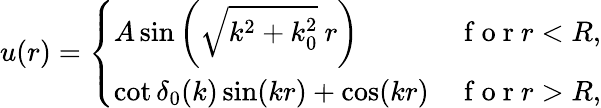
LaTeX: u(r)=\left\{ \begin{array}{ll}{A\sin\left(\sqrt{k^{2}+k_{0}^{2}}\ r\right)}&{\mathrm{~f~o~r~}r<R,}\\ {\cot\delta_{0}(k)\sin(kr)+\cos(kr)}&{\mathrm{~f~o~r~}r>R,}\end{array}\right.